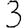
Digit: 3